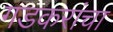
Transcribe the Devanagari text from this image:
गडकरांचा